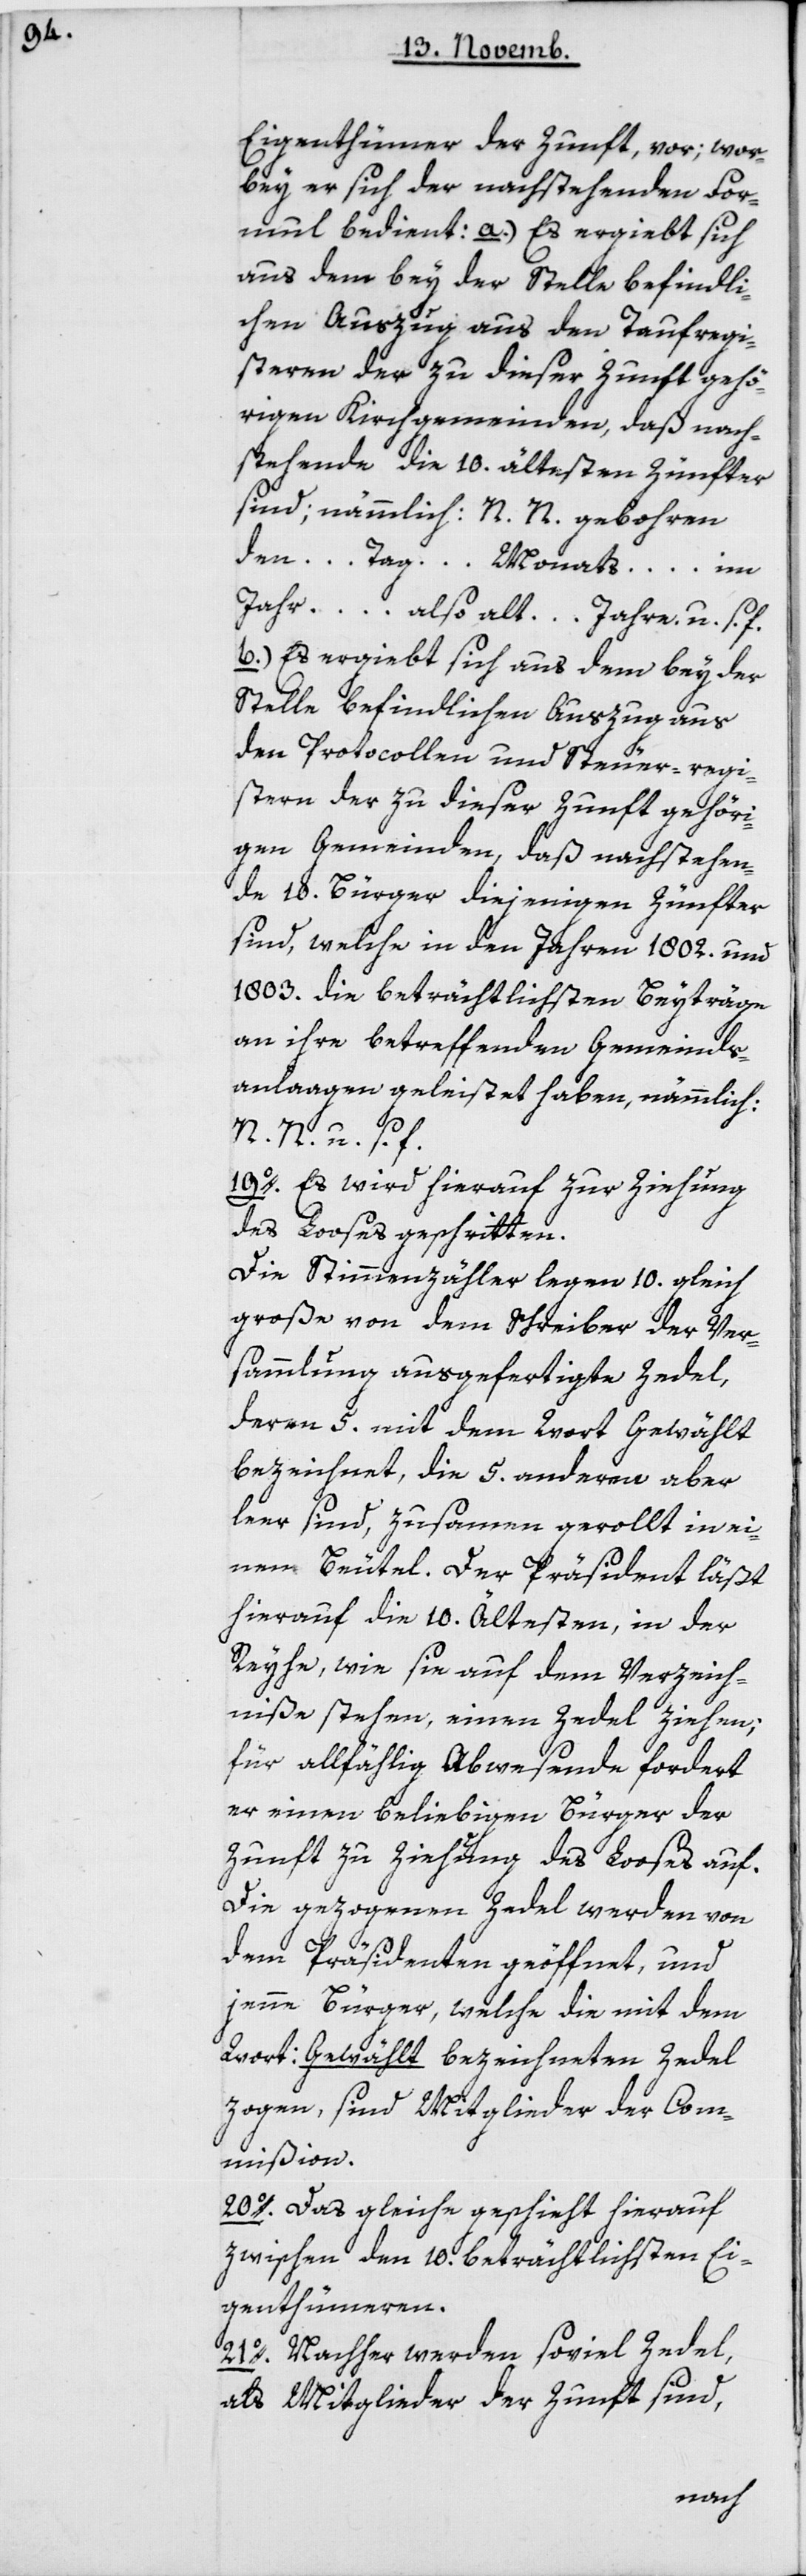
Eigenthümer [sic!] der Zunft vor; wor¬
bey er sich der nachstehenden For¬
mul bedient: a.) Es ergiebt sich
aus dem bey der Stelle befindli¬
chen Auszug aus den Taufregi¬
steren der zu dieser Zunft gehö¬
rigen Kirchgemeinden, daß nach¬
stehende die 10 ältesten Zünfter
sind, nämmlich: N. N. geboren
den … Tag … Monats … im
Jahr … also alt … Jahre u. s. f.
b.) Es ergiebt sich aus dem bey der
Stelle befindlichen Auszug aus
den Protocollen und Steuer-regi¬
stern der zu dieser Zunft gehöri¬
gen Gemeinden, daß nachstehen¬
de 10 Bürger diejenigen Zünfter
sind, welche in den Jahren 1802 und
1803 die beträchtlichsten Beyträge
an ihre betreffenden Gemeind¬
anlagen geleistet haben, nämmlich:
N. N. u. s. f.
19. Es wird hierauf zur Ziehung
des Looses geschritten.
Die Stimmenzähler legen 10 gleich
große, von dem Schreiber der Ver¬
sammlung ausgefertigte Zedel,
deren 5 mit dem Wort „gewählt“
bezeichnet, die 5 andern aber
leer sind, zusammengerollt in ei¬
nem Beutel. Der Präsident läßt
hierauf die 10 Ältesten, in der
Reyhe, wie sie auf dem Verzeich¬
niße stehen, einen Zedel ziehen;
für allfällig Abwesende fordert
er einen beliebigen Bürger der
Zunft zu Ziehung des Looses auf.
Die gezogenen Zedel werden von
dem Präsidenten geöffnet, und
jenne Bürger, welche die mit dem
Wort: Gewählt bezeichneten Zedel
zogen, sind Mitglieder der Com¬
mißion.
20. Das Gleiche geschieht hierauf
zwischen den 10 beträchtlichsten Ei¬
genthümeren.
21. Nachher werden so viel Zedel,
als Mitglieder der Zunft sind,